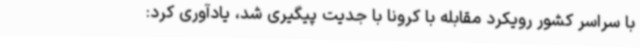
با سراسر کشور رویکرد مقابله با کرونا با جدیت پیگیری شد، یادآوری کرد: